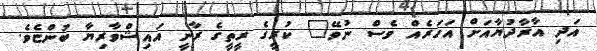
އަދި އާރާދުޔާއަށް އަހަރެއް ވެސް ނުވޭ" ކުރީގެ ރީތީގެ ރާނީ އައިޝްވާރިޔާ ބުންޏެވެ.